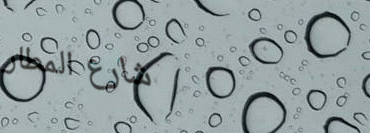
شارع المطار